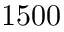
1 5 0 0